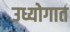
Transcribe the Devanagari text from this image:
उध्योगात